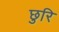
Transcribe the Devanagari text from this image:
छुरि